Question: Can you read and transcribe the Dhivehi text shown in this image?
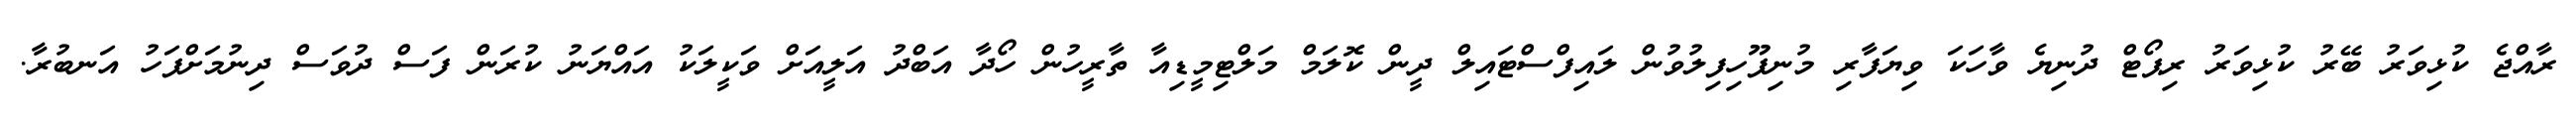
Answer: ރާއްޖެ ކުޅިވަރު ބޭރު ކުޅިވަރު ރިޕޯޓް ދުނިޔެ ވާހަކަ ވިޔަފާރި މުނިފޫހިފިލުވުން ލައިފްސްޓައިލް ދީން ކޮލަމް މަލްޓިމީޑިއާ ތާރީހުން ހޯދާ އަބްދު އަލީއަށް ވަކީލަކު އައްޔަނު ކުރަން ފަސް ދުވަސް ދިނުމަށްފަހު އަނބުރާ.